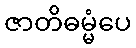
ဇာတိဓမ္မံပေ